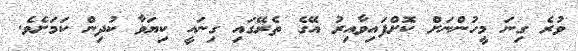
ވުރެ ގިނަ މީހުންނަށް ކޮށްފައިވާއިރު އޭގެ ތެރޭގައި ގިނައީ ކިޔަވާ ކުދިން ކަމަށެވެ.